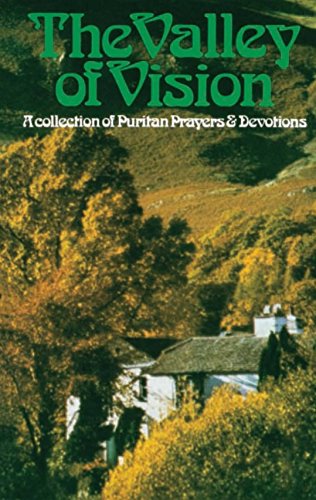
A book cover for Valley of Vision (Leather): A Collection of Puritan Prayers and Devotions; Arthur G. Bennett; Religion & Spirituality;